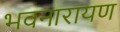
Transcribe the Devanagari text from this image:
भवनारायण